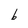
Character: b